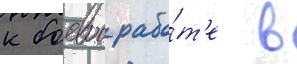
к боевои рабо́т'е в